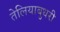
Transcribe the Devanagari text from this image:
तेलियाबुधरी